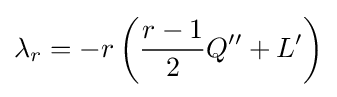
\lambda _{r}=-r\left({\frac {r-1}{2}}Q''+L'\right)